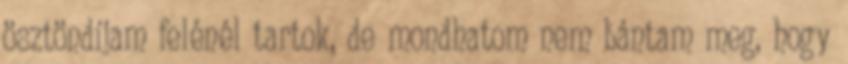
ösztöndíjam felénél tartok, de mondhatom nem bántam meg, hogy